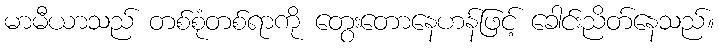
မာမီယာသည် တစ်စုံတစ်ရာကို တွေးတောနေဟန်ဖြင့် ခေါင်းညိတ်နေသည်။